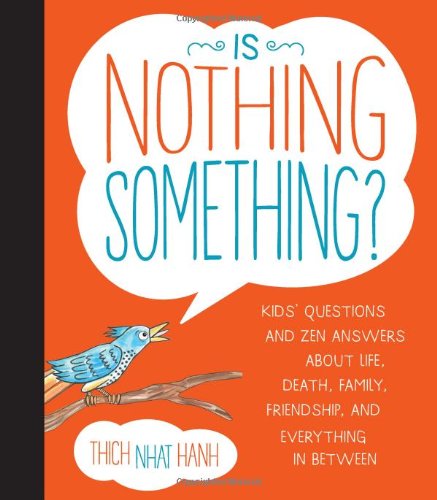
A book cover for Is Nothing Something?: Kids' Questions and Zen Answers About Life, Death, Family, Friendship, and Everything in Between; Thich Nhat Hanh; Children's Books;